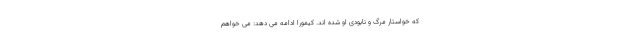
که خواستار مرگ و نابودی او شده اند. کیمورا ادامه می دهد: می خواهم